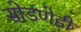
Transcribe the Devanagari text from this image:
सोडणेही